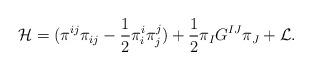
LaTeX: \begin{align*}{\cal{H}}= (\pi^{ij} \pi_{ij} - \frac{1}{2} \pi^{i}_{i} \pi^{j}_{j})+\frac{1}{2} \pi_{I} G^{IJ}\pi_{J} + {\cal{L}}.\end{align*}